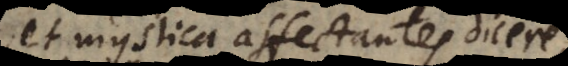
et mystica affectantes tanti